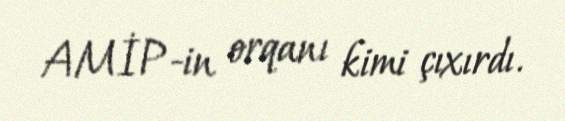
AMİP-in orqanı kimi çıxırdı.